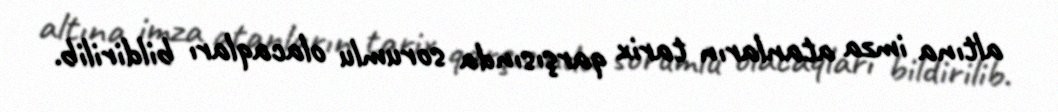
altına imza atanların tarix qarşısında sorumlu olacaqları bildirilib.